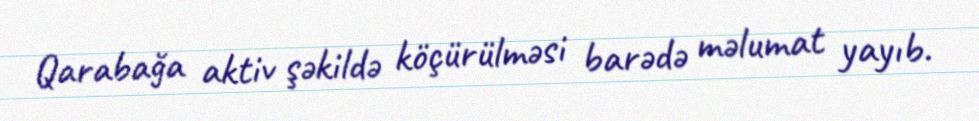
Qarabağa aktiv şəkildə köçürülməsi barədə məlumat yayıb.